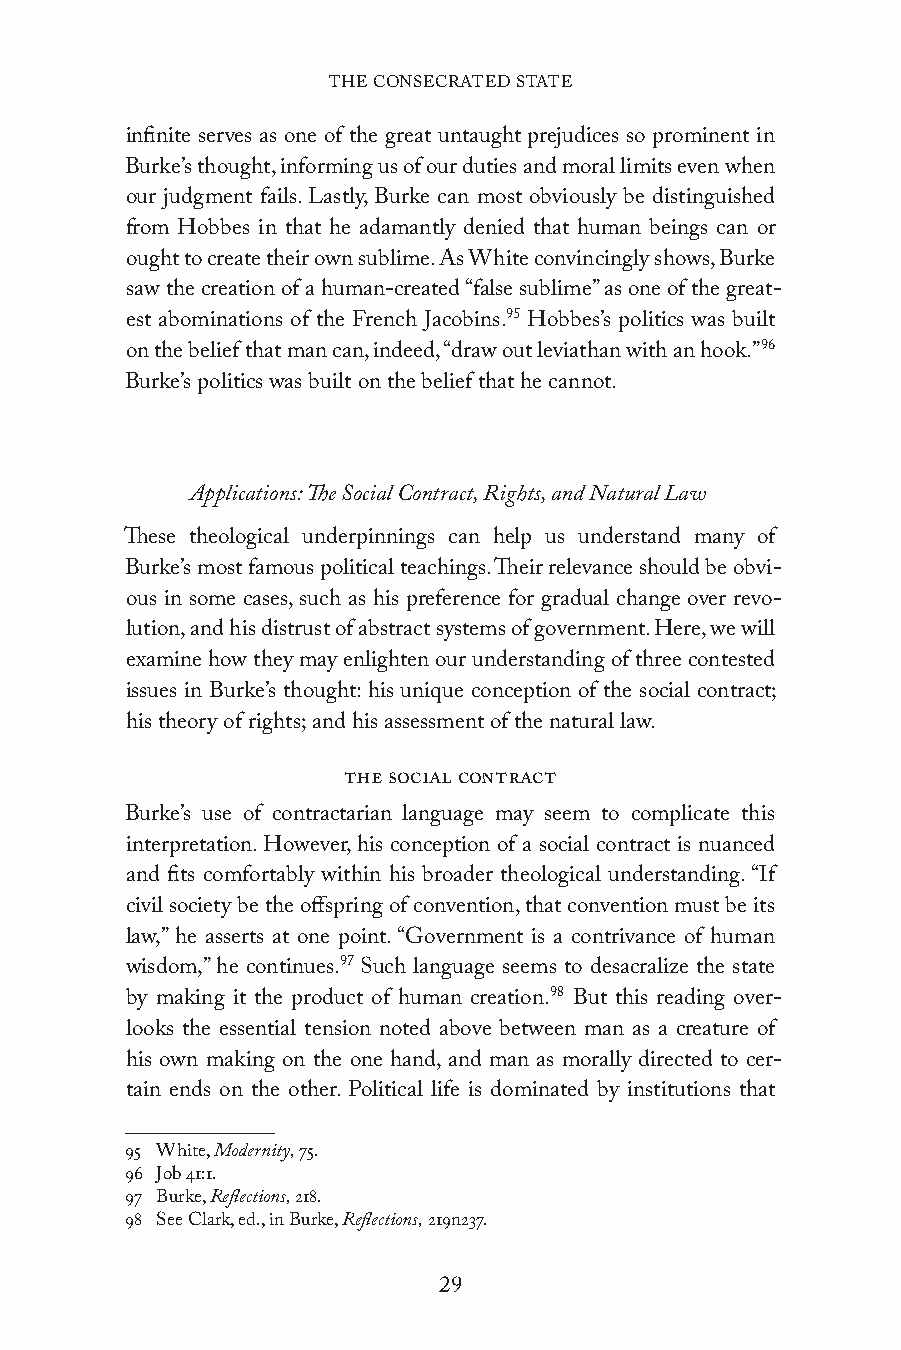
THE CONSECRATED STATE
 infinite serves as one of the great untaught prejudices so prominent in
 Burke’s thought, informing us of our duties and moral limits even when
 our judgment fails. Lastly, Burke can most obviously be distinguished
 from Hobbes in that he adamantly denied that human beings can or
 ought to create their own sublime. As White convincingly shows, Burke
 saw the creation of a human-created “false sublime” as one of the great-
 est abominations of the French Jacobins.95 Hobbes’s politics was built
 on the belief that man can, indeed, “draw out leviathan with an hook.”96
 Burke’s politics was built on the belief that he cannot.
 Applications: The Social Contract, Rights, and Natural Law
 These theological underpinnings can help us understand many of
 Burke’s most famous political teachings. Their relevance should be obvi-
 ous in some cases, such as his preference for gradual change over revo-
 lution, and his distrust of abstract systems of government. Here, we will
 examine how they may enlighten our understanding of three contested
 issues in Burke’s thought: his unique conception of the social contract;
 his theory of rights; and his assessment of the natural law.
 The Social Contract
 Burke’s use of contractarian language may seem to complicate this
 interpretation. However, his conception of a social contract is nuanced
 and fits comfortably within his broader theological understanding. “If
 civil society be the offspring of convention, that convention must be its
 law,” he asserts at one point. “Government is a contrivance of human
 wisdom,” he continues.97 Such language seems to desacralize the state
 by making it the product of human creation.98 But this reading over-
 looks the essential tension noted above between man as a creature of
 his own making on the one hand, and man as morally directed to cer-
 tain ends on the other. Political life is dominated by institutions that
 95 White, Modernity, 75.
 96 Job 41:1.
 97 Burke, Reflections, 218.
 98 See Clark, ed., in Burke, Reflections, 219n237.
 29